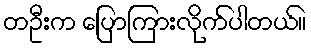
တဦးက ပြောကြားလိုက်ပါတယ်။